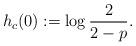
LaTeX: \begin{align*}h_c(0):=\log \frac{2}{2-p}.\end{align*}